Newspaper: The Hickman courier. [volume]
Place of publication: Hickman, Ky.
Publisher: Warren & Martin
Date: 1885-01-30 00:00:00
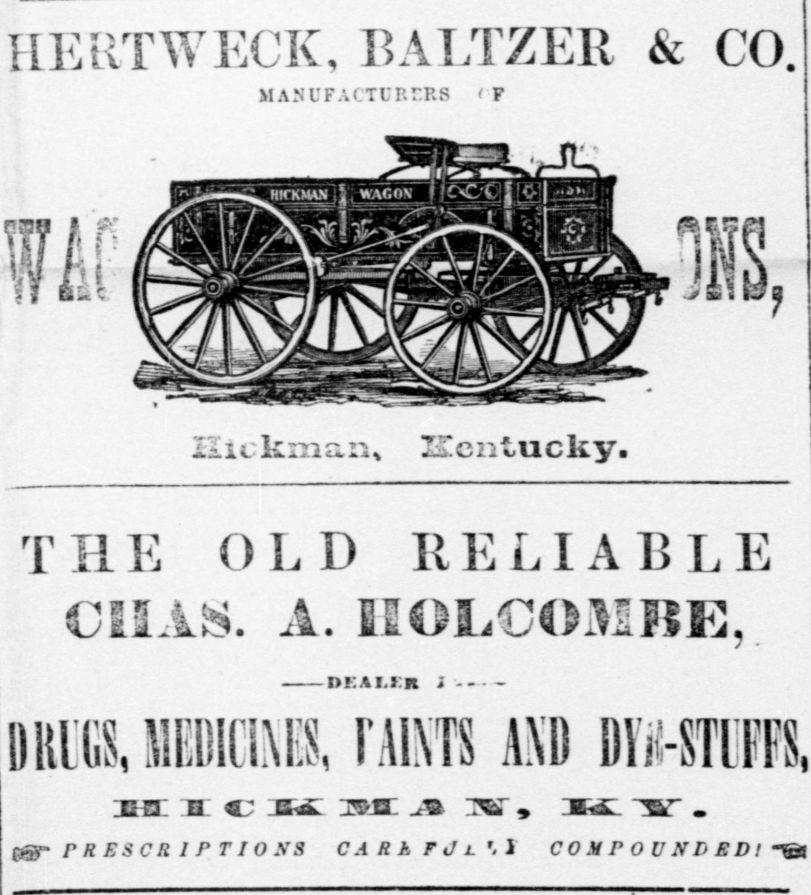
Advertisement text (OCR):
Ti V. HERTWECK, BALTZEB, & CO. MANUFACTURERS ' F Hickman, Kentucky. THE OLD RELIABLE MAS. A. eOLOMBE,. i DRUGS, HBDIC1MS, FAINTS AND jhz 2C c jzsl ism J& jKJ 9 PRESCRIPTIONS CARhFJi.'.? COMPOUNDED! -J
Label: illustrations